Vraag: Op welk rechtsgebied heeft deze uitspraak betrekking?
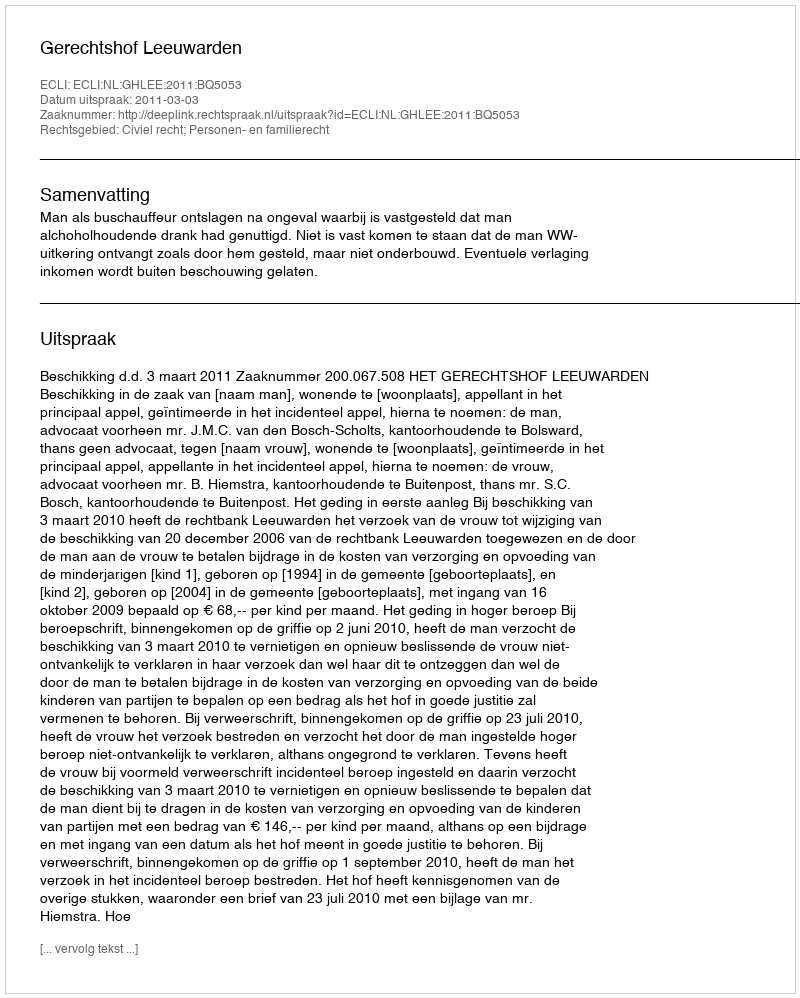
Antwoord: Civiel recht; Personen- en familierecht